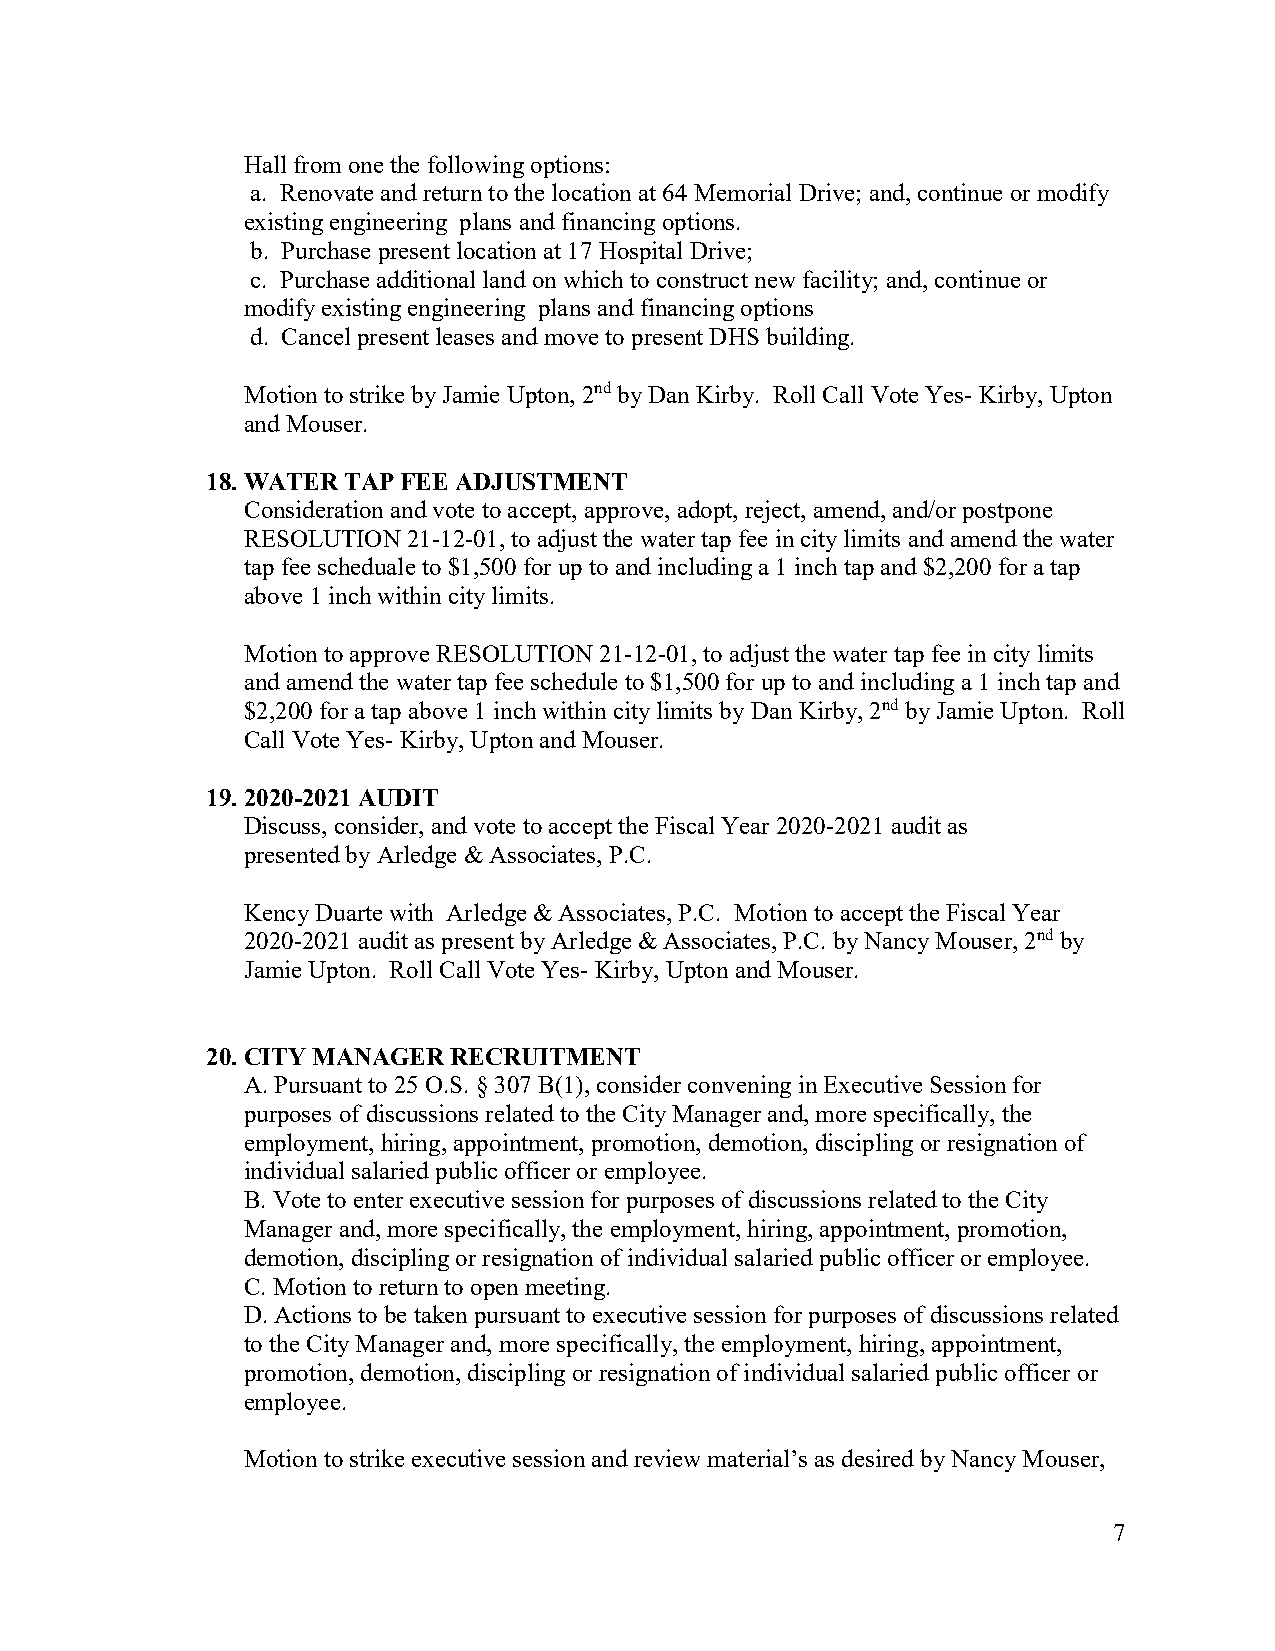
Hall from one the following options:
 a. Renovate and return to the location at 64 Memorial Drive; and, continue or modify
 existing engineering plans and financing options.
 b. Purchase present location at 17 Hospital Drive;
 c. Purchase additional land on which to construct new facility; and, continue or
 modify existing engineering plans and financing options
 d. Cancel present leases and move to present DHS building.
 Motion to strike by Jamie Upton, 2nd by Dan Kirby. Roll Call Vote Yes- Kirby, Upton
 and Mouser.
 18. WATER TAP FEE ADJUSTMENT
 Consideration and vote to accept, approve, adopt, reject, amend, and/or postpone
 RESOLUTION 21-12-01, to adjust the water tap fee in city limits and amend the water
 tap fee scheduale to $1,500 for up to and including a 1 inch tap and $2,200 for a tap
 above 1 inch within city limits.
 Motion to approve RESOLUTION 21-12-01, to adjust the water tap fee in city limits
 and amend the water tap fee schedule to $1,500 for up to and including a 1 inch tap and
 $2,200 for a tap above 1 inch within city limits by Dan Kirby, 2nd by Jamie Upton. Roll
 Call Vote Yes- Kirby, Upton and Mouser.
 19. 2020-2021 AUDIT
 Discuss, consider, and vote to accept the Fiscal Year 2020-2021 audit as
 presented by Arledge & Associates, P.C.
 Kency Duarte with Arledge & Associates, P.C. Motion to accept the Fiscal Year
 2020-2021 audit as present by Arledge & Associates, P.C. by Nancy Mouser, 2nd by
 Jamie Upton. Roll Call Vote Yes- Kirby, Upton and Mouser.
 20. CITY MANAGER RECRUITMENT
 A. Pursuant to 25 O.S. § 307 B(1), consider convening in Executive Session for
 purposes of discussions related to the City Manager and, more specifically, the
 employment, hiring, appointment, promotion, demotion, discipling or resignation of
 individual salaried public officer or employee.
 B. Vote to enter executive session for purposes of discussions related to the City
 Manager and, more specifically, the employment, hiring, appointment, promotion,
 demotion, discipling or resignation of individual salaried public officer or employee.
 C. Motion to return to open meeting.
 D. Actions to be taken pursuant to executive session for purposes of discussions related
 to the City Manager and, more specifically, the employment, hiring, appointment,
 promotion, demotion, discipling or resignation of individual salaried public officer or
 employee.
 Motion to strike executive session and review material’s as desired by Nancy Mouser,
 7